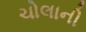
ચોલાની